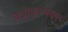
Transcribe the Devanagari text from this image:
उन्नीकृष्णन्‌वर